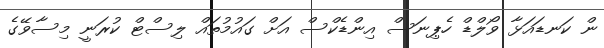
ން ކަނޑައަޅާ ވޯލްޑް ހެޕިނަސް އިންޑެކްސް އަށް ގައުމުތައް ލިސްޓް ކުރަނީ މިސާވޭގެ